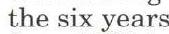
the six years